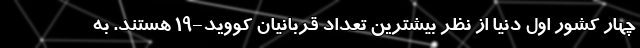
چهار کشور اول دنیا از نظر بیشترین تعداد قربانیان کووید-۱۹ هستند. به